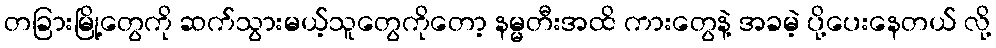
တခြားမြို့တွေကို ဆက်သွားမယ့်သူတွေကိုတော့ နမ္မတီးအထိ ကားတွေနဲ့ အခမဲ့ ပို့ပေးနေတယ် လို့